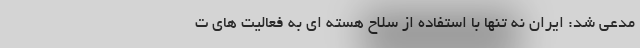
مدعی شد: ایران نه تنها با استفاده از سلاح هسته ای به فعالیت های ت